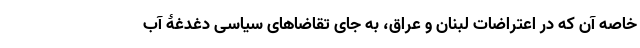
خاصه آن که در اعتراضات لبنان و عراق، به جای تقاضاهای سیاسی دغدغۀ آب